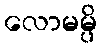
လောမမ္ပိ